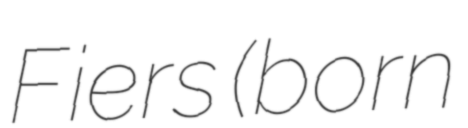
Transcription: Fiers (born